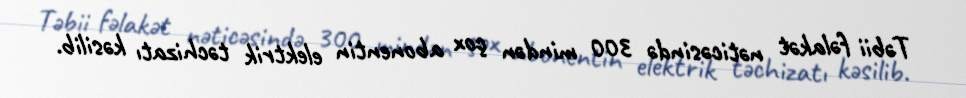
Təbii fəlakət nəticəsində 300 mindən çox abonentin elektrik təchizatı kəsilib.